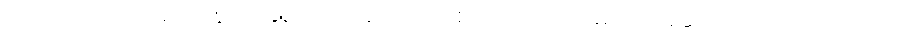
တပါးသော။ သမယေန၊ အခါ၌။ အာရညကော စ၊ အရညကင်ဓုတင် ဆောက်တည်သည်လည်း။